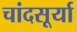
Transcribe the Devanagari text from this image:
चांदसूर्या